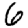
Digit: 6